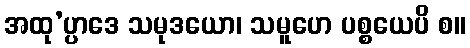
အထု’ပ္ပာဒေ သမုဒယော၊ သမူဟေ ပစ္စယေပိ စ။